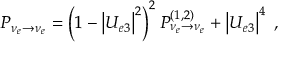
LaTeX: P _ { \nu _ { e } \to \nu _ { e } } = \left( 1 - \left| U _ { e 3 } \right| ^ { 2 } \right) ^ { 2 } P _ { \nu _ { e } \to \nu _ { e } } ^ { ( 1 , 2 ) } + \left| U _ { e 3 } \right| ^ { 4 } \; ,